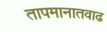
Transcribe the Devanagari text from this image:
तापमानातवाढ